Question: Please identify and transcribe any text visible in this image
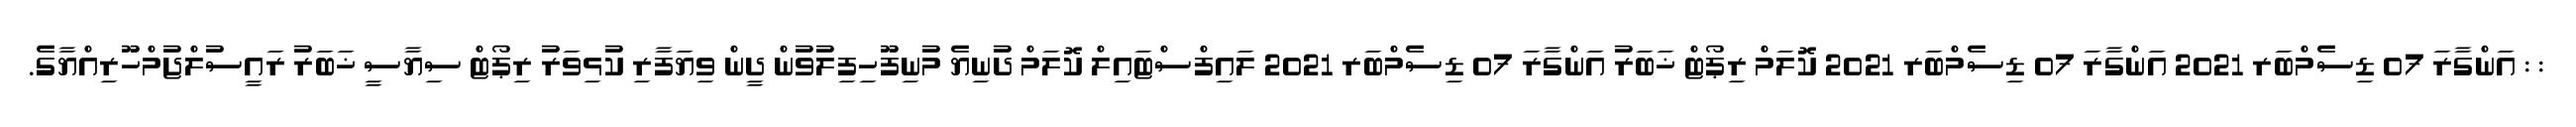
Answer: : : އަންގާރަ 07 ޑިސެމްބަރ 2021 އަންގާރަ 07 ޑިސެމްބަރ 2021 ކޮލަމް ރިޕޯޓް ޚަބަރު އަންގާރަ 07 ޑިސެމްބަރ 2021 ލައިފްސްޓައިލް ކޮލަމް ދުނިޔެ މުނިފޫހިފިލުވުން ދީން ވިޔަފާރި ކުޅިވަރު ރިޕޯޓް ސިޔާސީ ޚަބަރު ރައީސުލްޖުމްހޫރިއްޔާގެ.